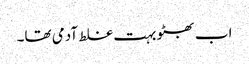
اب بھٹو بہت غلط آدمی تھا۔